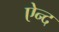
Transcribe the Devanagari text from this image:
ऐन्द